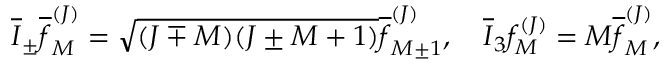
\overline { { I } } _ { \pm } \overline { { f } } _ { M } ^ { ( J ) } = \sqrt { ( J \mp M ) ( J \pm M + 1 ) } \overline { { f } } _ { M \pm 1 } ^ { ( J ) } , \quad \overline { { I } } _ { 3 } f _ { M } ^ { ( J ) } = M \overline { { f } } _ { M } ^ { ( J ) } ,